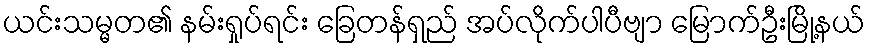
ယင်းသမ္မတ၏ နမ်းရှုပ်ရင်း ခြေတန်ရှည် အပ်လိုက်ပါပီဗျာ မြောက်ဦးမြို့နယ်